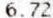
6.72